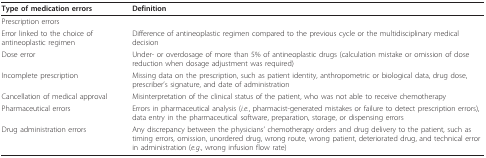
<table><thead><tr><td><b>Type of medication errors</b></td><td><b>Definition</b></td></tr></thead><tbody><tr><td>Prescription errors</td><td></td></tr><tr><td>Error linked to the choice of antineoplastic regimen</td><td>Difference of antineoplastic regimen compared to the previous cycle or the multidisciplinary medical decision</td></tr><tr><td>Dose error</td><td>Under- or overdosage of more than 5% of antineoplastic drugs (calculation mistake or omission of dose reduction when dosage adjustment was required)</td></tr><tr><td>Incomplete prescription</td><td>Missing data on the prescription, such as patient identity, anthropometric or biological data, drug dose, prescriber&#x27;s signature, and date of administration</td></tr><tr><td>Cancellation of medical approval</td><td>Misinterpretation of the clinical status of the patient, who was not able to receive chemotherapy</td></tr><tr><td>Pharmaceutical errors</td><td>Errors in pharmaceutical analysis (<i>i.e.</i>, pharmacist-generated mistakes or failure to detect prescription errors), data entry in the pharmaceutical software, preparation, storage, or dispensing errors</td></tr><tr><td>Drug administration errors</td><td>Any discrepancy between the physicians&#x27; chemotherapy orders and drug delivery to the patient, such as timing errors, omission, unordered drug, wrong route, wrong patient, deteriorated drug, and technical error in administration (<i>e.g</i>., wrong infusion flow rate)</td></tr></tbody></table>